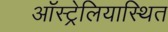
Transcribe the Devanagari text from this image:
ऑस्ट्रेलियास्थित